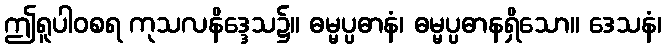
ဤရူပါဝစရ ကုသလနိဒ္ဒေသ၌။ ဓမ္မပ္ပဓာနံ၊ ဓမ္မပ္ပဓာနရှိသော။ ဒေသနံ၊